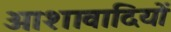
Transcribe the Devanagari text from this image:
आशावादियों